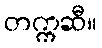
တက္ကဆီ။